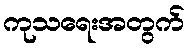
ကုသရေးအတွက်